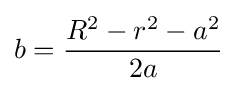
b={\frac {R^{2}-r^{2}-a^{2}}{2a}}